Sanitation, dispensaries and jails vaccination Rajputana 1922-1927 - 1922-1927
Year: 1922
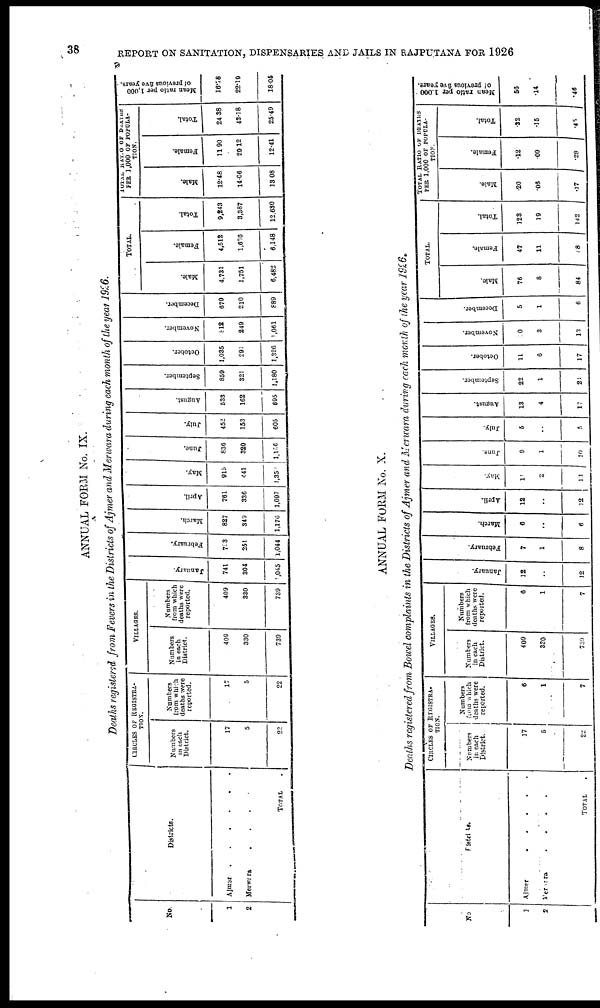
38
REPORT ON SANITATION, DISPENSARIES AND JAILS IN RAJPUTANA FOR 1926
ANNUAL FORM No. IX.
Deaths registered from Fevers in the Districts of Ajmer and Merwara during each month of the year 1926.
No.
1
2
Districts.
Ajmer . . . . . . .
Merwara . . . . .
TOTAL .
CIRCLES OF REGISTRA-
TION.
Numbers
in each
District.
17
5
22
Numbers
from which
deaths were
reported.
17
5
22
VILLAGES.
Numbers
in each
District.
409
330
739
Numbers
from which
deaths were
reported.
409
330
739
January.
741
304
1,045
February.
703
251
1,044
March.
827
349
1,176
April.
761
336
1,097
May.
915
441
1,353
June.
836
320
1,156
July.
452
153
605
August.
533
162
695
September.
859
321
1,180
October.
1,035
291
1,326
November.
812
249
1,061
December.
679
210
889
TOTAL.
Male.
4,731
1,751
6,482
Female.
4,512
1,686
6,148
Total.
9,243
3,387
12,630
TOTAL RATIO
OF DEATHS
PER 1,000 OF POPULA-
TION.
Male.
12.48
14.66
13.08
Female.
11.90
29.12
12.41
Total.
24.38
43.18
25.49
Mean ratio per 1,000
of previous five years.
16.78
22.19
18.05
ANNUAL FORM No. X.
Deaths registered from Bowel complaints in the Districts of Ajmer and Merwara during each month of the year 1926.
No
1
2
Districts.
Ajmer
.
.
.
.
.
Merwra
.
.
.
.
TOTAL . . . .
CIRCLES OF REGISTRA-
TION.
Numbers
in each
District.
17
5
22
Numbers
from which
deaths were
reported.
6
1
7
VILLAGES.
Numbers
in each
District.
409
330
739
Numbers
from which
deaths were
reported.
6
1
7
January.
12
..
12
February.
7
1
8
March.
6
..
6
April.
12
..
12
May.
11
2
13
June.
9
1
10
July.
5
..
5
August.
13
4
17
September.
22
1
23
October.
11
6
17
November.
10
3
13
December.
5
1
6
TOTAL.
Male.
76
8
84
Female.
47
11
28
Total.
123
19
142
TOTAL RATIO OF DEATHS
PER 1,000 OF POPULA-
TION.
Male.
.20
.06
.17
Female.
.12
.09
.28
Total.
.32
.15
.45
Mean ratio per 1,000
of previous five years.
.56
.14
.46